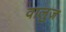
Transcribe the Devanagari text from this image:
वालुज